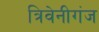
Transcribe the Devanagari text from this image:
त्रिवेनीगंज